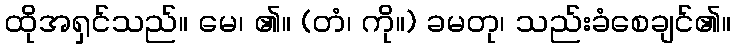
ထိုအရှင်သည်။ မေ၊ ၏။ (တံ၊ ကို။) ခမတု၊ သည်းခံစေချင်၏။